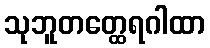
သုဘူတတ္ထေရဂါထာ